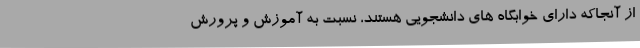
از آنجاکه دارای خوابگاه های دانشجویی هستند، نسبت به آموزش و پرورش